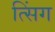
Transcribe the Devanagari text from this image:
त्सिंग